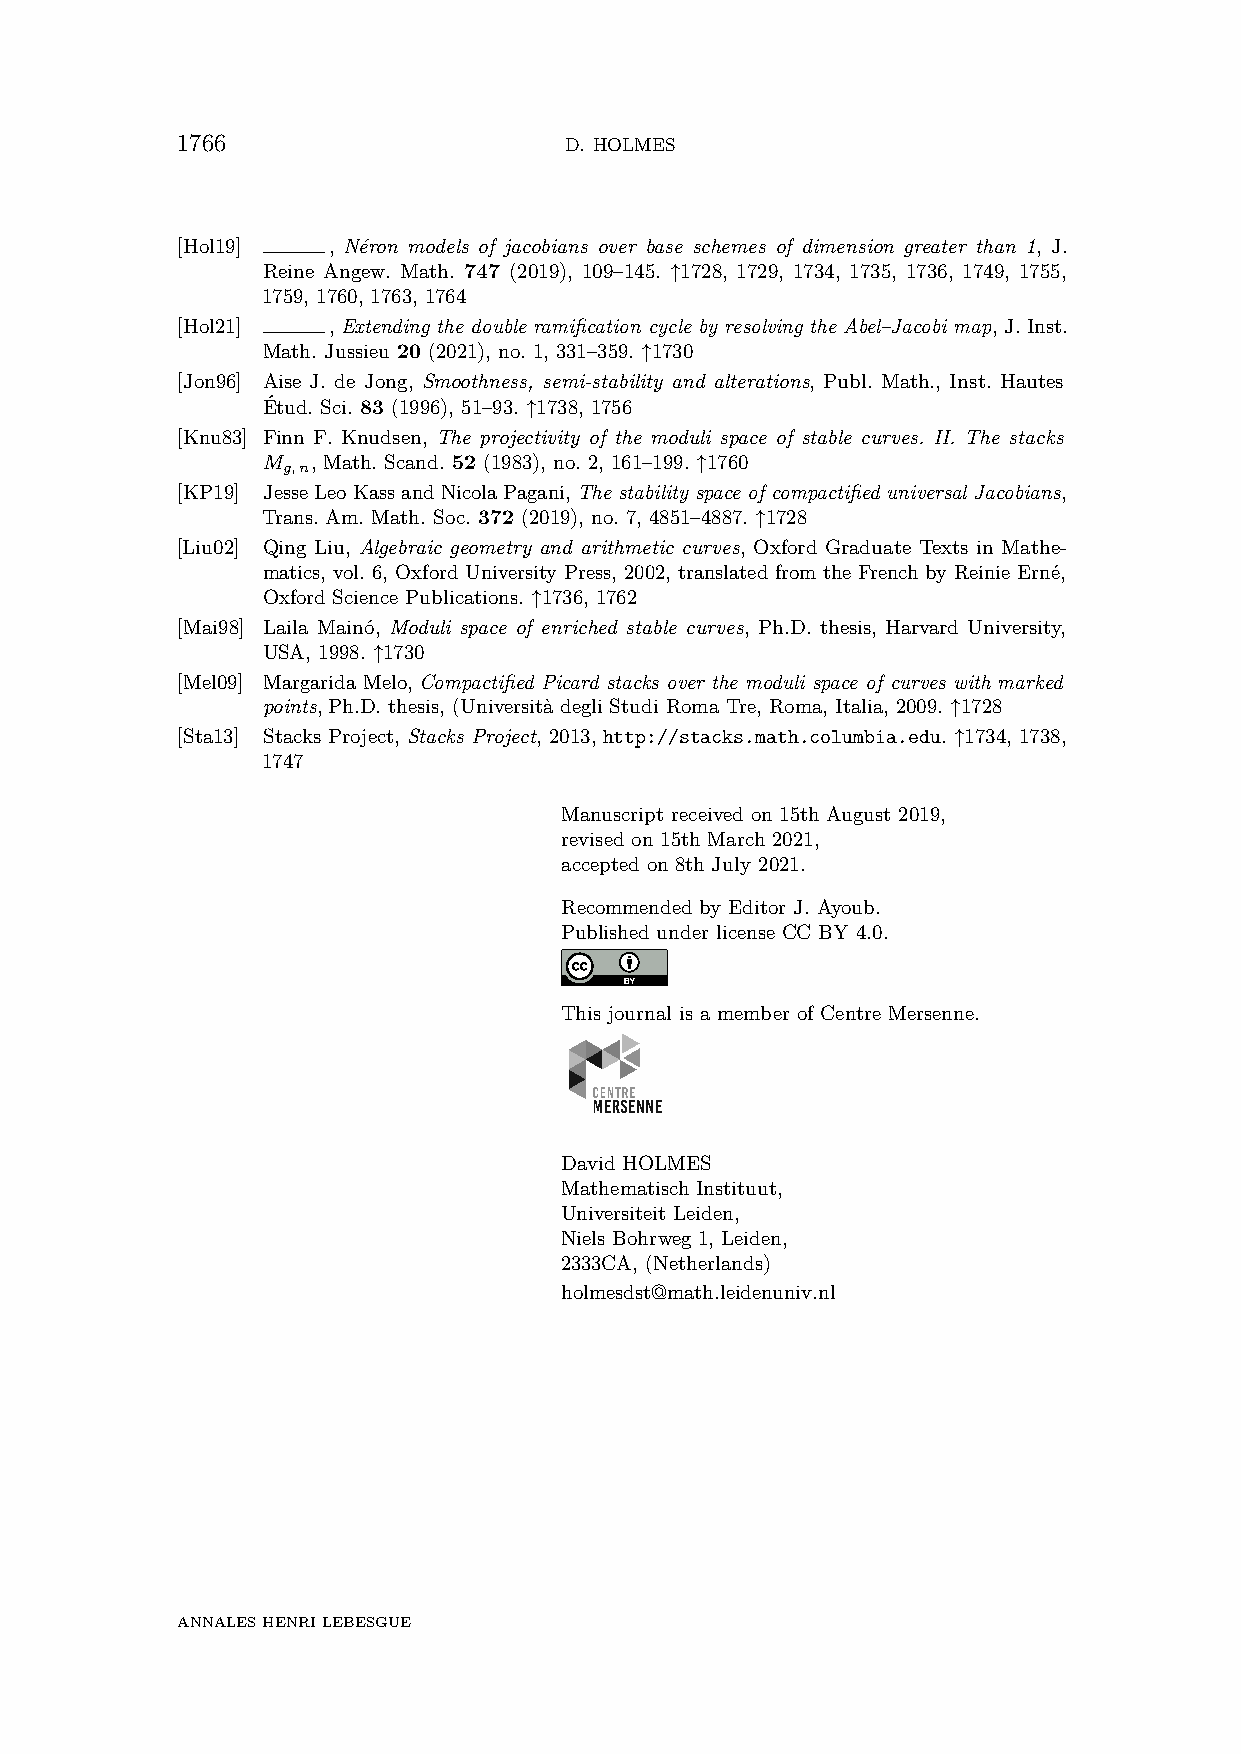
1766                     D. HOLMES
 [Hol19]   , Néron models of jacobians over base schemes of dimension greater than 1, J.
 Reine Angew. Math. 747 (2019), 109–145. ↑1728, 1729, 1734, 1735, 1736, 1749, 1755,
 1759, 1760, 1763, 1764
 [Hol21]   , Extending the double ramification cycle by resolving the Abel–Jacobi map, J. Inst.
 Math. Jussieu 20 (2021), no. 1, 331–359. ↑1730
 [Jon96] Aise J. de Jong, Smoothness, semi-stability and alterations, Publ. Math., Inst. Hautes
 Étud. Sci. 83 (1996), 51–93. ↑1738, 1756
 [Knu83] Finn F. Knudsen, The projectivity of the moduli space of stable curves. II. The stacks
 M   , Math. Scand. 52 (1983), no. 2, 161–199. ↑1760
 g,n
 [KP19] JesseLeoKassandNicolaPagani,The stability space of compactified universal Jacobians,
 Trans. Am. Math. Soc. 372 (2019), no. 7, 4851–4887. ↑1728
 [Liu02] Qing Liu, Algebraic geometry and arithmetic curves, Oxford Graduate Texts in Mathe-
 matics, vol. 6, Oxford University Press, 2002, translated from the French by Reinie Erné,
 Oxford Science Publications. ↑1736, 1762
 [Mai98] Laila Mainó, Moduli space of enriched stable curves, Ph.D. thesis, Harvard University,
 USA, 1998. ↑1730
 [Mel09] Margarida Melo, Compactified Picard stacks over the moduli space of curves with marked
 points, Ph.D. thesis, (Università degli Studi Roma Tre, Roma, Italia, 2009. ↑1728
 [Sta13] Stacks Project, Stacks Project, 2013, http://stacks.math.columbia.edu. ↑1734, 1738,
 1747
 Manuscript received on 15th August 2019,
 revised on 15th March 2021,
 accepted on 8th July 2021.
 Recommended by Editor J. Ayoub.
 Published under license CC BY 4.0.
 This journal is a member of Centre Mersenne.
 David HOLMES
 Mathematisch Instituut,
 Universiteit Leiden,
 Niels Bohrweg 1, Leiden,
 2333CA, (Netherlands)
 holmesdst@math.leidenuniv.nl
 ANNALESHENRILEBESGUE